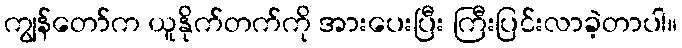
ကျွန်တော်က ယူနိုက်တက်ကို အားပေးပြီး ကြီးပြင်းလာခဲ့တာပါ။